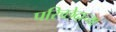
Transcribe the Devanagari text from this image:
परिच्छेदाच्या